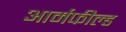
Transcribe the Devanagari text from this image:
आर्मफील्ड